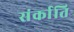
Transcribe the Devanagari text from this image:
संर्काति